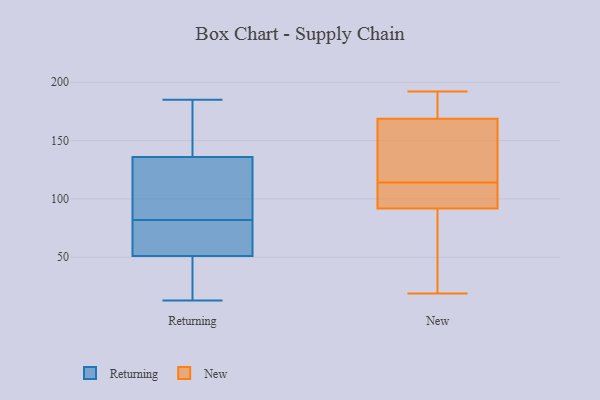
{"axis": {"x": "Production Output", "y": "Value"}, "legend": ["New", "Returning"], "data": [{"x": "", "y": 85, "type": "Returning"}, {"x": "", "y": 132, "type": "Returning"}, {"x": "", "y": 53, "type": "Returning"}, {"x": "", "y": 22, "type": "Returning"}, {"x": "", "y": 27, "type": "Returning"}, {"x": "", "y": 89, "type": "Returning"}, {"x": "", "y": 140, "type": "Returning"}, {"x": "", "y": 163, "type": "Returning"}, {"x": "", "y": 71, "type": "Returning"}, {"x": "", "y": 121, "type": "Returning"}, {"x": "", "y": 75, "type": "Returning"}, {"x": "", "y": 79, "type": "Returning"}, {"x": "", "y": 13, "type": "Returning"}, {"x": "", "y": 96, "type": "Returning"}, {"x": "", "y": 49, "type": "Returning"}, {"x": "", "y": 185, "type": "Returning"}, {"x": "", "y": 18, "type": "Returning"}, {"x": "", "y": 161, "type": "Returning"}, {"x": "", "y": 76, "type": "Returning"}, {"x": "", "y": 153, "type": "Returning"}, {"x": "", "y": 114, "type": "New"}, {"x": "", "y": 170, "type": "New"}, {"x": "", "y": 121, "type": "New"}, {"x": "", "y": 165, "type": "New"}, {"x": "", "y": 185, "type": "New"}, {"x": "", "y": 109, "type": "New"}, {"x": "", "y": 23, "type": "New"}, {"x": "", "y": 192, "type": "New"}, {"x": "", "y": 91, "type": "New"}, {"x": "", "y": 19, "type": "New"}, {"x": "", "y": 94, "type": "New"}]}